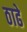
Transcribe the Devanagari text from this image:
ठाढे